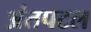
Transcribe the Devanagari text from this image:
अंतपटल